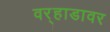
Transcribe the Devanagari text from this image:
वर्‍हाडावर